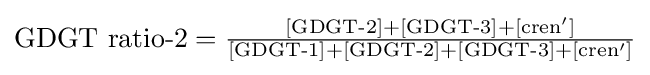
{\text{GDGT ratio-2}}={\tfrac {[{\text{GDGT-2}}]+[{\text{GDGT-3}}]+[{\text{cren}}']}{[{\text{GDGT-1}}]+[{\text{GDGT-2}}]+[{\text{GDGT-3}}]+[{\text{cren}}']}}